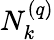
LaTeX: N_{k}^{\left(q\right)}